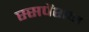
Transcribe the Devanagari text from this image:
स्सपेंशन